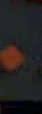
.